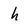
Character: h